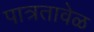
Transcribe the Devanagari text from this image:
पात्रतावेळ